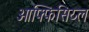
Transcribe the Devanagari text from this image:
ओफ्फिसिय्ल